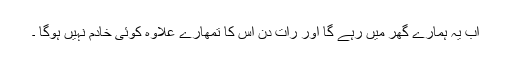
اب یہ ہمارے گھر میں رہے گا اور رات دن اس کا تمھارے علاوہ کوئی خادم نہیں ہوگا ۔